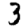
Digit: 3